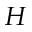
H